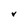
Character: V